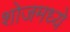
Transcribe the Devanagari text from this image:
शोजमध्ये